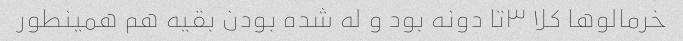
خرمالو‌ها کلا ۳تا دونه بود و له شده بودن بقیه هم همینطور